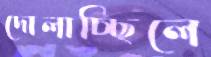
দোলাচ্ছিলে